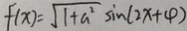
f ( x ) = \sqrt { 1 + a ^ { 2 } } \sin ( 2 x + 4 )